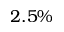
2 . 5 \%